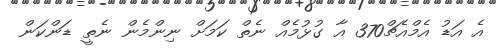
އެ އަޑު އެމްއެޗް370 އާ ގުޅުމެއް ނެތް ކަމަށް ނިންމެން ނެތީ ޑަންކަން